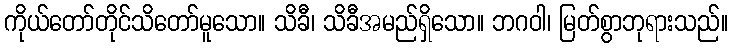
ကိုယ်တော်တိုင်သိတော်မူသော။ သိခီ၊ သိခီအမည်ရှိသော။ ဘဂဝါ၊ မြတ်စွာဘုရားသည်။